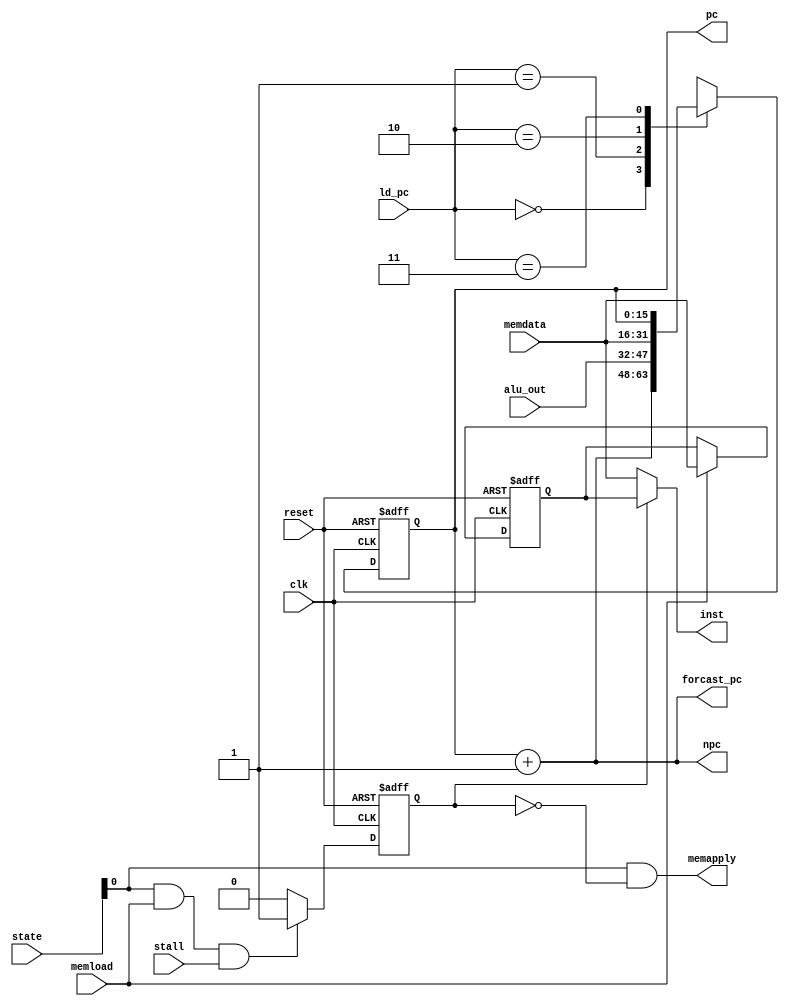
module lc3_pipeline_stage0(
	input			reset,
	input			clk,
	input			stall,
	input		[5:0]	state,

	input		[15:0]	memdata,
	input			memload,
	output			memapply,

	input		[1:0]	ld_pc,
	input		[15:0]	alu_out,
	output		[15:0]	forcast_pc,
	
	output	reg	[15:0]	pc,
	output		[15:0]	npc,
	output		[15:0]	inst
);



	reg			finished;
	reg			finished_next;
	reg		[15:0]	pc_next;
	reg		[15:0]	inst_tmp;

	assign			inst=(finished?inst_tmp:memdata);
	assign			npc=pc+1;

	always@(negedge clk or posedge reset)	begin
		if(reset)	begin
			inst_tmp<=16'b0;
			pc<=16'h0060;
			finished<=0;
		end else begin
			finished <= finished_next; 
			if(memload)
				inst_tmp<=memdata;
			pc <= pc_next;
		end
	end

	assign	memapply=state[0] & ~finished;


	always@(*)	begin
		case(ld_pc)	
			2'b00:
			begin
				pc_next = forcast_pc;
			end
			2'b01:
			begin
				pc_next = alu_out;
			end
			2'b10:
			begin
				pc_next = memdata;
			end
			2'b11:
			begin
				pc_next = pc;
			end
		endcase
	end

	always@(*)	begin
		if(state[0] & memload &stall)
			finished_next=1;
		else
			finished_next=0;
	end


	/*TODO branch detect & forcast*/
	assign			forcast_pc=pc+1;
endmodule